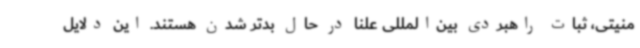
منیتی، ثبات راهبردی بین‌المللی علنا در حال بدتر شدن هستند. این دلایل